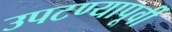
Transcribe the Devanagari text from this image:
उपटण्यापूर्वी